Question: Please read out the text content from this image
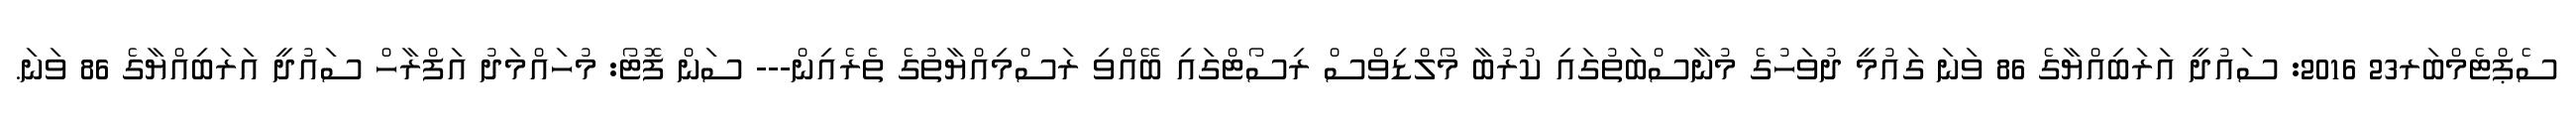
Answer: ސެޕްޓެމްބަރ23 2016: ސައުދީ އަރަބިއްޔާގެ 86 ވަނަ ގައުމީ ދުވަހުގެ މުނާސްބަތުގައި ކުރުބާ މޯލްޑިވްސް ރިސޯޓްގައި ބޭއްވި ރަސްމިއްޔާތުގެ ތެރެއިން--- ސަން ފޮޓޯ: މުހައްމަދު އަފްރާހް ސައުދީ އަރަބިއްޔާގެ 86 ވަނަ.